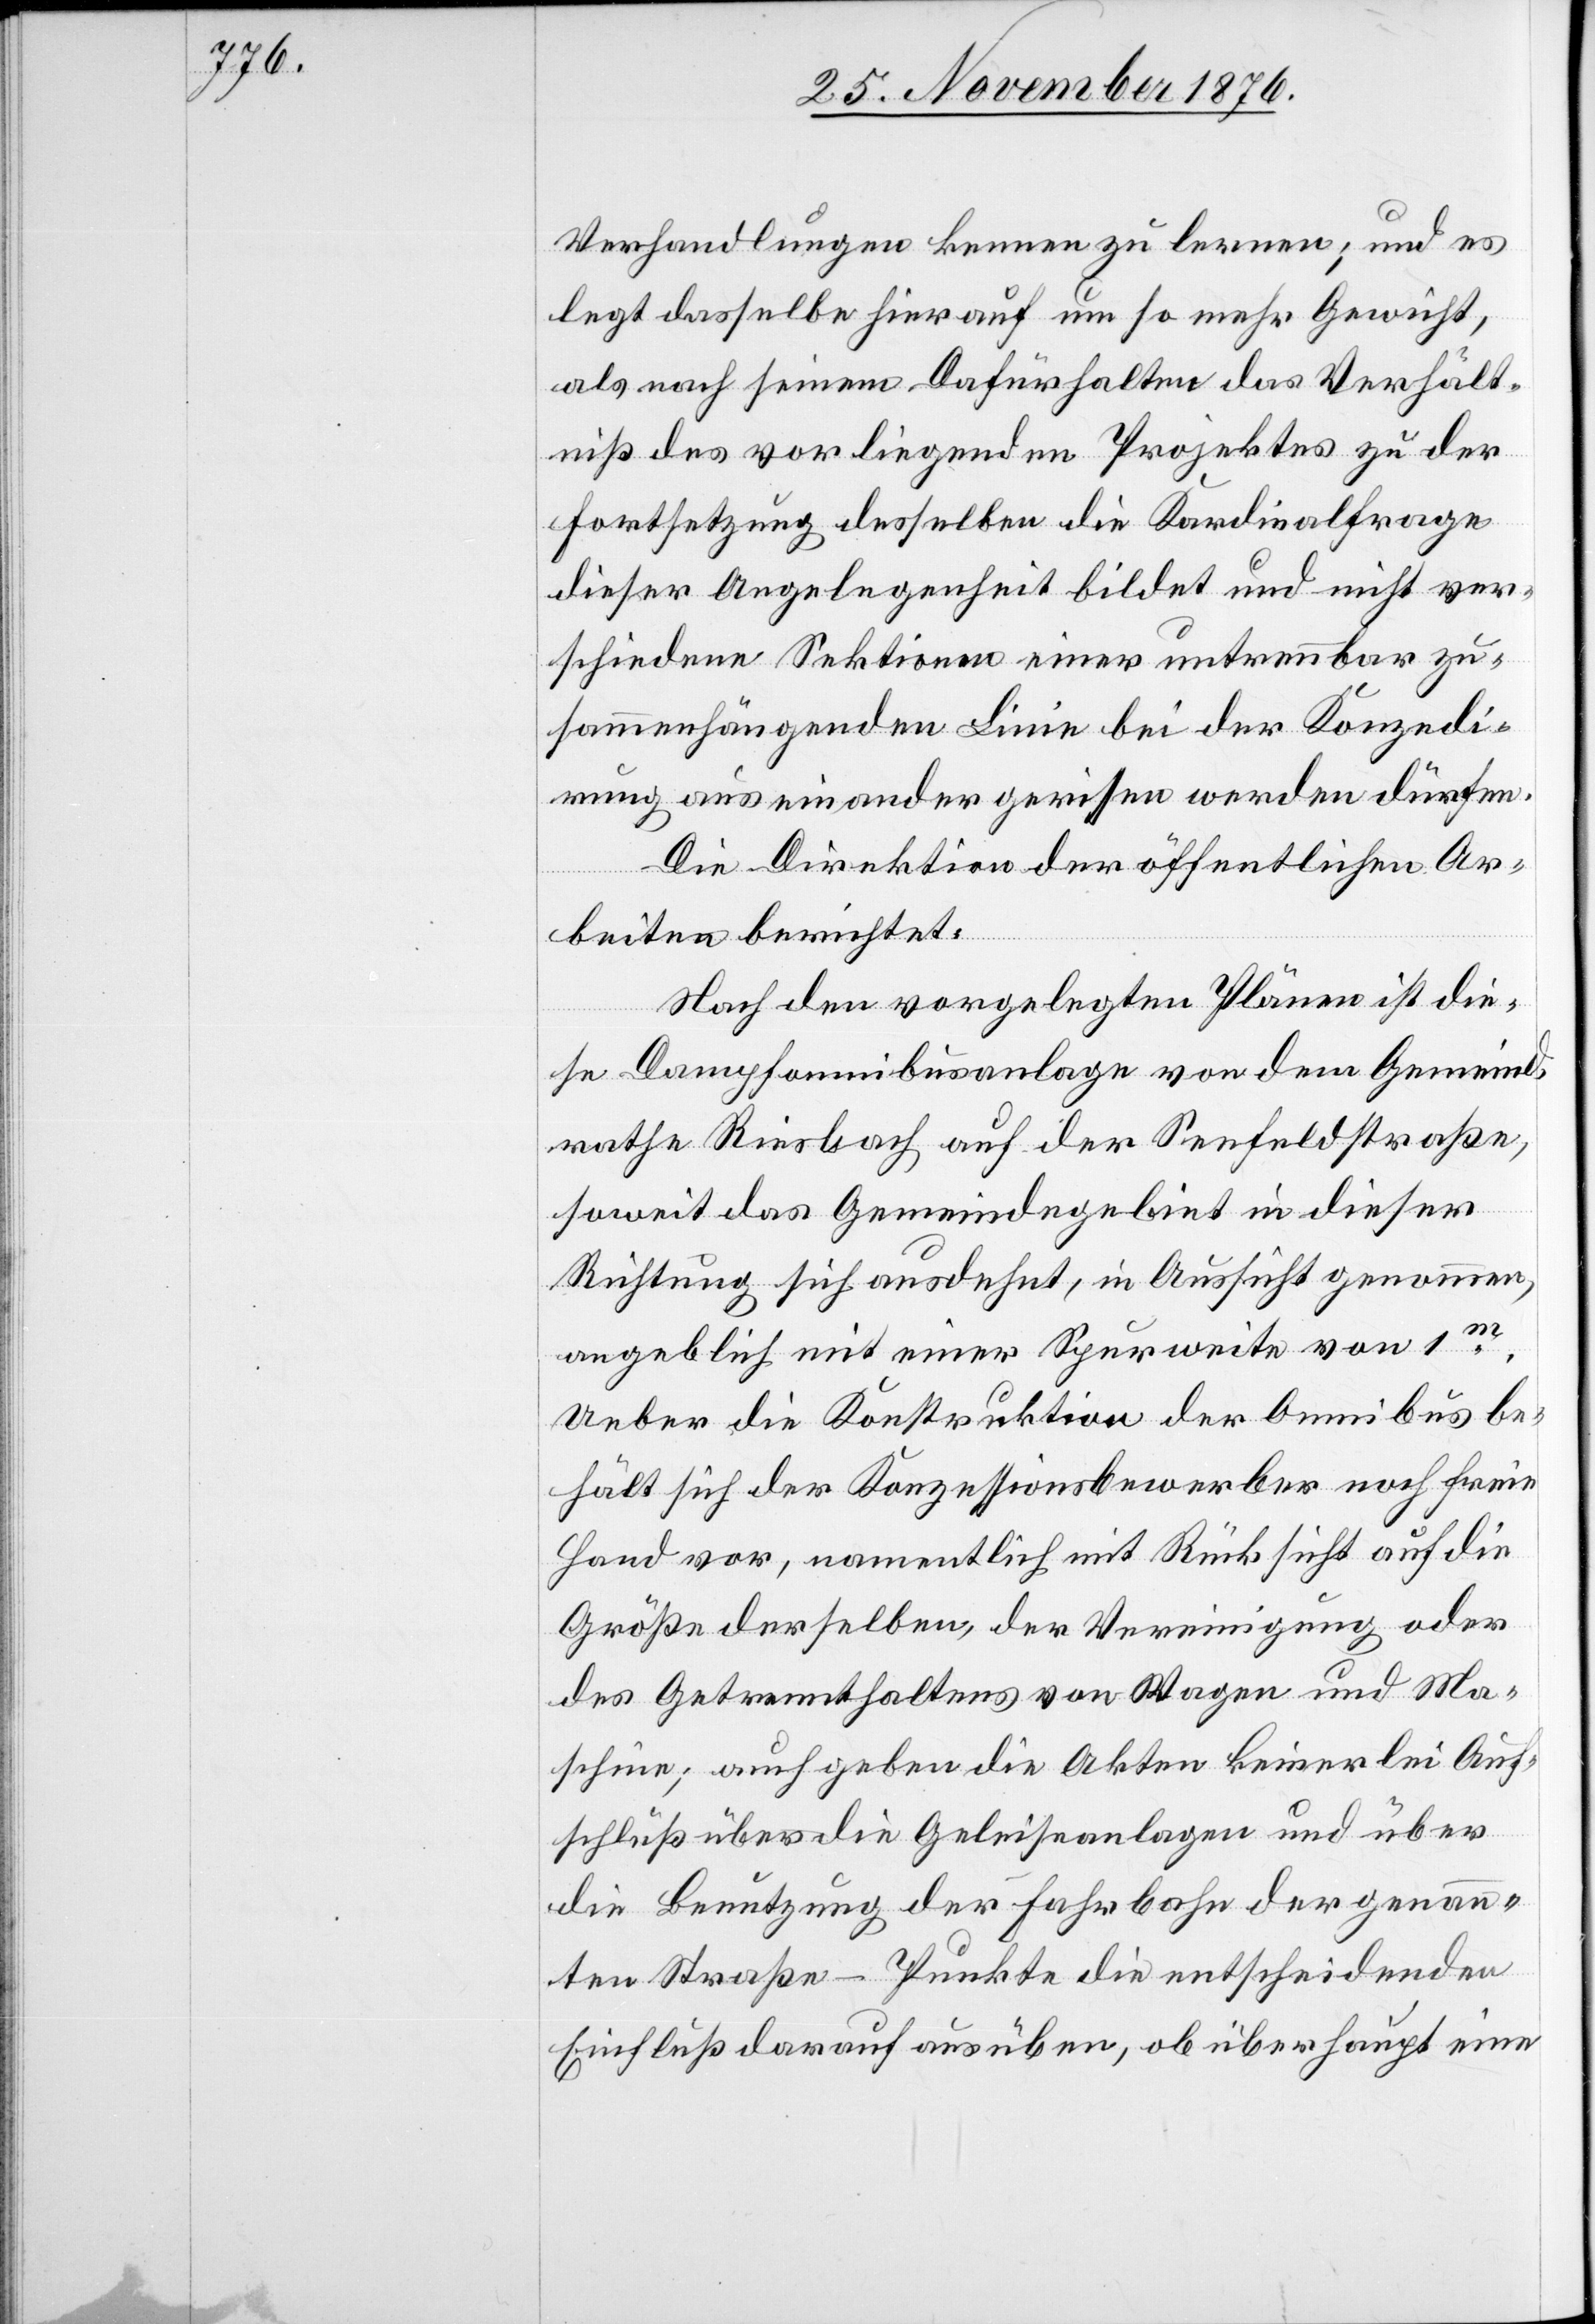
Verhandlungen kennen zu lernen; und es
legt dasselbe hierauf um so mehr Gewicht,
als nach seinem Dafürhalten das Verhält¬
niß des vorliegenden Projektes zu der
Fortsetzung desselben die Kardinalfrage
dieser Angelegenheit bildet und nicht ver¬
schiedene Sektionen einer untrennbar zu¬
sammenhängenden Linie bei der Konzedi¬
rung auseinander gerissen werden dürfen.
Die Direktion der öffentlichen Ar¬
beiten berichtet:
Nach den vorgelegten Plänen ist die¬
se Dampfomnibusanlage von dem Gemeind¬
rathe Riesbach auf der Seefeldstraße,
soweit das Gemeindegebiet in dieser
Richtung sich ausdehnt, in Aussicht genommen,
angeblich mit einer Spurweite von 1m.
Ueber die Konstruktion der Omnibus
behält sich der Konzessionsbewerber noch freie
Hand vor, namentlich mit Rücksicht auf die
Größe derselben, der Vereinigung oder
des Getrennthaltens von Wagen und Ma¬
schine; auch geben die Akten keinerlei Auf¬
schluß über die Geleiseanlagen und über
die Benutzung der Fahrbahn der genann¬
ten Straße – Punkte die entscheidenden
Einfluß darauf ausüben, ob überhaupt eine